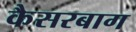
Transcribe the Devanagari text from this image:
कैसरबाग